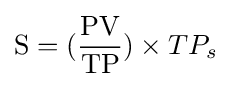
\mathrm {S} =({\frac {\mathrm {PV} }{\mathrm {TP} }})\times {TP_{s}}